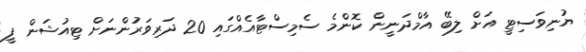
ޔުނިވަސިޓީ އަށް ލިބޭ އާމްދަނީން ކޮންމެ ސެމިސްޓާއެއްގައި 20 ދަރިވަރުންނަށް ޓިއުޝަން ފީ